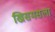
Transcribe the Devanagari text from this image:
ख्रिसमसला